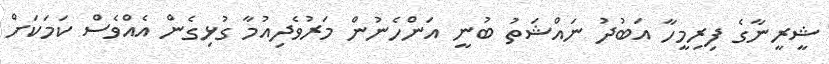
ޝީރީނާގެ ފިރިމީހާ އަބުދު ނައްޝަތު ބުނީ އަންހެނުން މަރުވެދިއުމާ ގުޅިގެން އެއްވެސް ކަމަކަށް